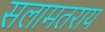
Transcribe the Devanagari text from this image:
सलामतराय